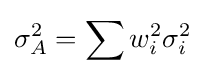
\sigma _{A}^{2}=\sum w_{i}^{2}\sigma _{i}^{2}